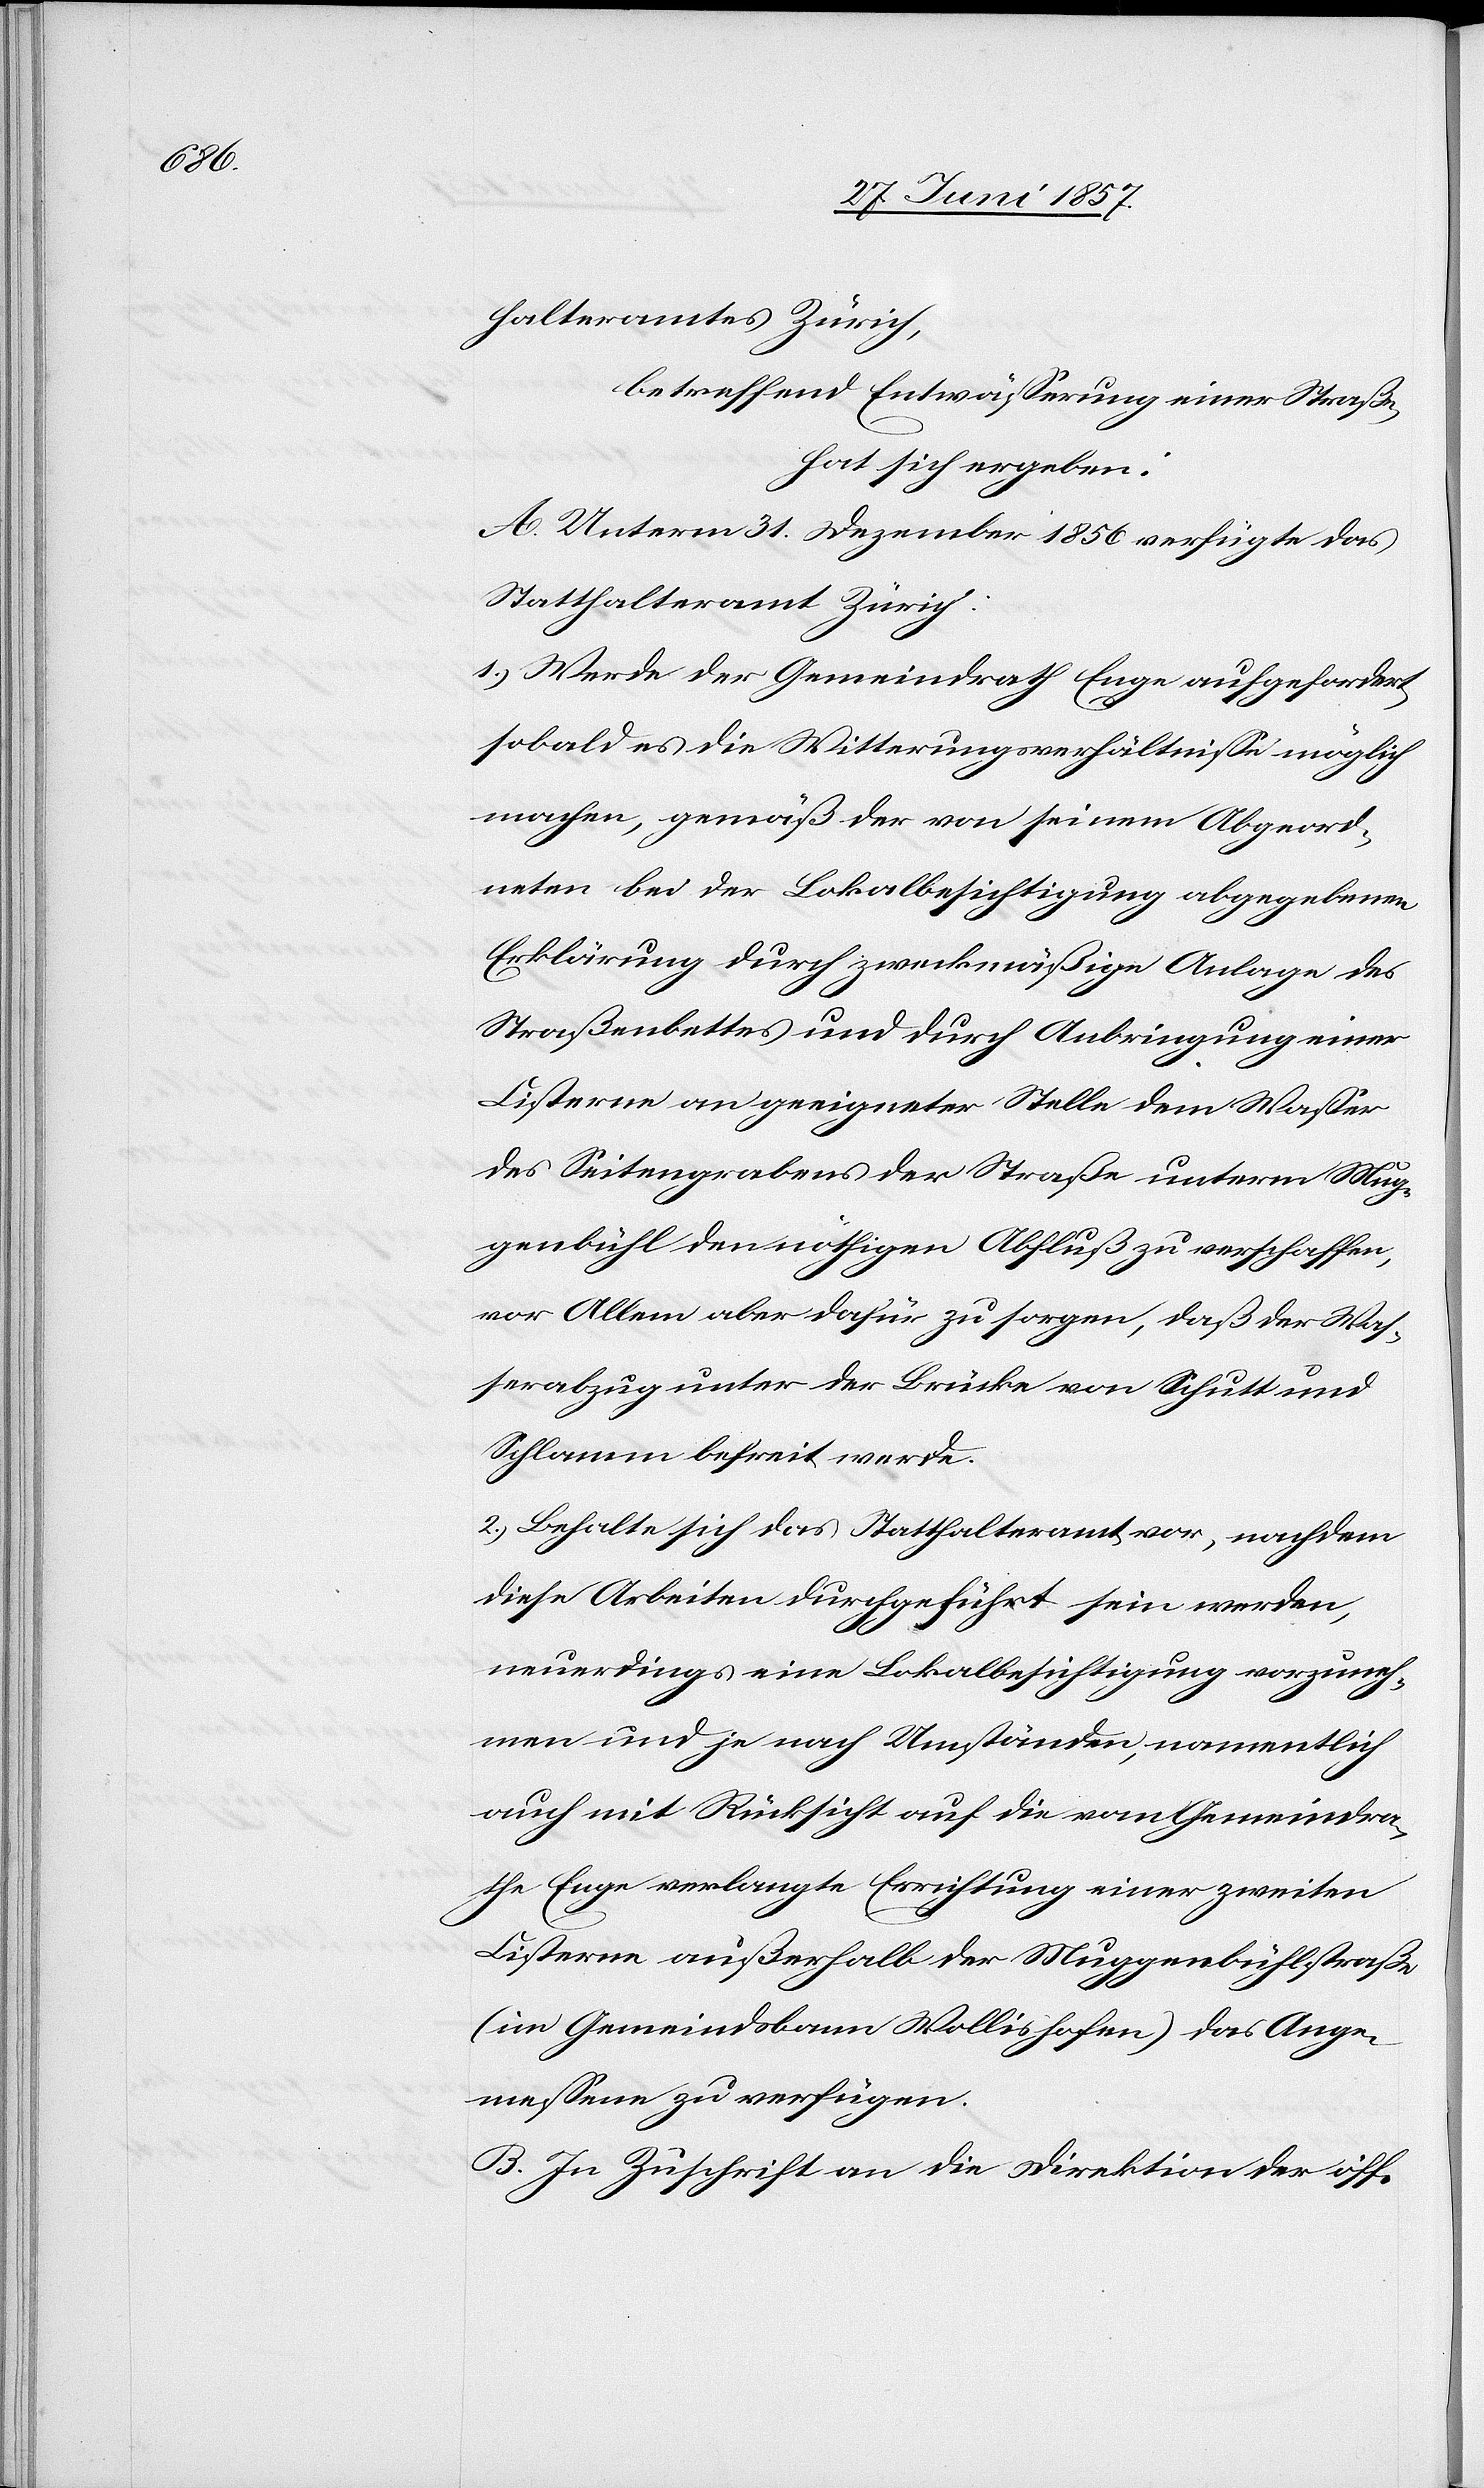
halteramtes Zürich,
betreffend Entwässerung einer Straße,
hat sich ergeben:
A. Unterm 31 Dezember 1856 verfügte das
Statthalteramt Zürich:
1.) Werde der Gemeindrath Enge aufgefordert
sobald es die Witterungsverhältnisse möglich
machen, gemäß der von seinem Abgeord¬
neten bei der Lokalbesichtigung abgegebenen
Erklärung durch zweckmäßige Anlage des
Straßenbettes und durch Anbringung einer
Cisterne an geeigneter Stelle dem Wasser
des Seitengrabens der Straße unterm Müg¬
enbühl den nöthigen Abfluß zu verschaffen,
vor Allem aber dafür zu sorgen, daß der Was¬
serabzug unter der Brücke von Schutt und
Schlamm befreit werde.
2.) Behalte sich das Statthalteramt vor, nachdem
diese Arbeiten durchgeführt sein werden,
neuerdings eine Lokalbesichtigung vorzuneh¬
men und je nach Umständen, namentlich
auch mit Rücksicht auf die vom Gemeindra¬
the Enge verlangte Errichtung einer zweiten
Cisterne außerhalb der Muggenbühlsstraße
(im Gemeindsbanne Wollishofen) das Ange¬
messene zu verfügen.
B. In Zuschrift an die Direktion der öff.